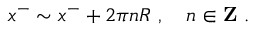
x ^ { - } \sim x ^ { - } + 2 \pi n R ~ , ~ ~ ~ n \in { \bf Z } ~ .